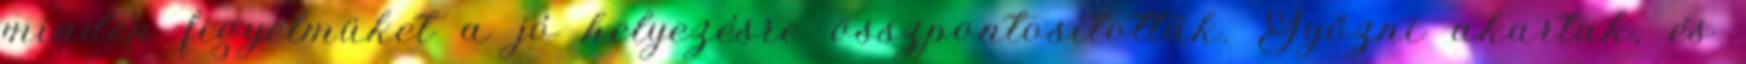
minden figyelmüket a jó helyezésre összpontosították. Győzni akartak, és